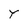
Character: Y